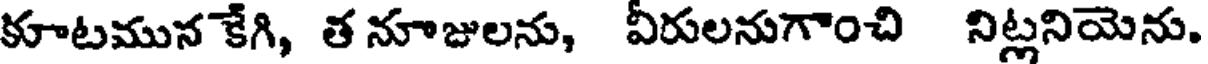
కూటమున కేగి, త నూజులను, వీరులనుగాంచి నిట్లనియెను.